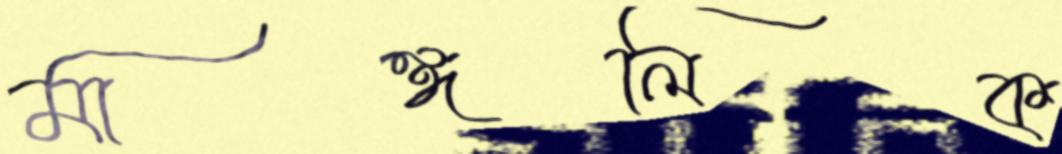
মাঙ্গলিক